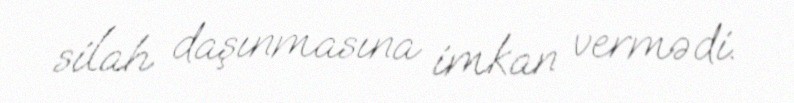
silah daşınmasına imkan vermədi.